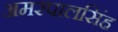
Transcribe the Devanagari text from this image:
अमरपालसिंह